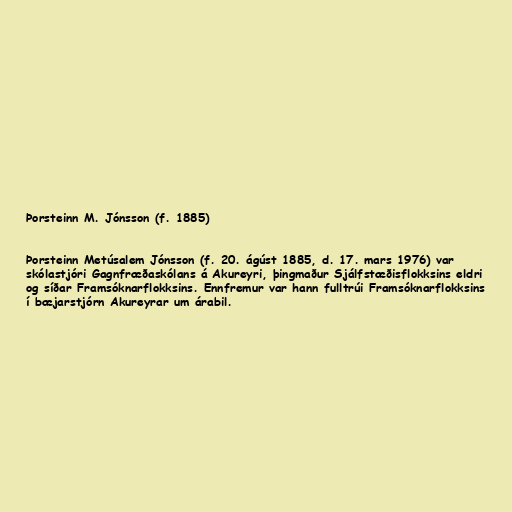
Þorsteinn M. Jónsson (f. 1885)

Þorsteinn Metúsalem Jónsson (f. 20. ágúst 1885, d. 17. mars 1976) var
skólastjóri Gagnfræðaskólans á Akureyri, þingmaður Sjálfstæðisflokksins eldri
og síðar Framsóknarflokksins. Ennfremur var hann fulltrúi Framsóknarflokksins
í bæjarstjórn Akureyrar um árabil.